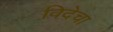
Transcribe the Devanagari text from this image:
विदेचा